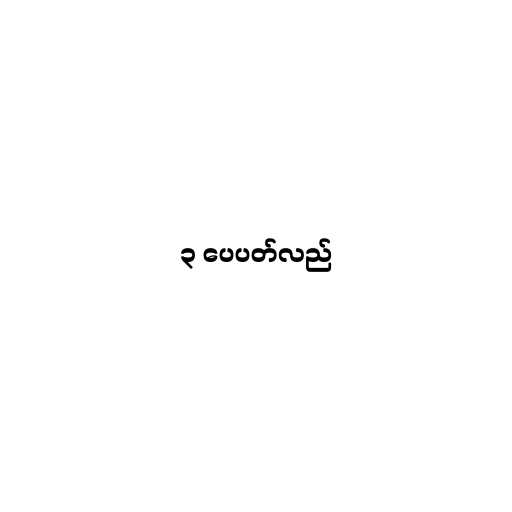
၃ ပေပတ်လည်